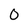
Character: 0